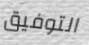
التوفيق